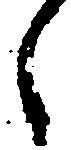
々